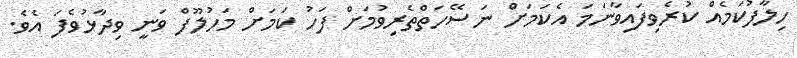
ހިލާފުކަމެއް ކުރެވިފައިވާނަމަ އެކަމަށް ނަސޭހަތްތެރިވުމަށް ފަހު ކަމަށް މަހުލޫފް ވަނީ ވިދާޅުވެފަ އެވެ.